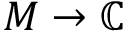
M \to \mathbb { C }